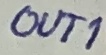
Text: OUT1